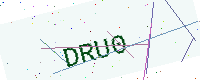
Text: DRU0